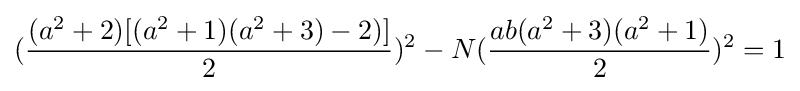
({\frac {(a^{2}+2)[(a^{2}+1)(a^{2}+3)-2)]}{2}})^{2}-N({\frac {ab(a^{2}+3)(a^{2}+1)}{2}})^{2}=1